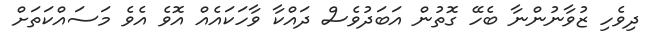
ދިވެހި ޒުވާނުންނާ ބެހޭ ގޮތުން އަބަދުވެސް ދައްކާ ވާހަކައެއް އޮވެ އެވެ މަސައްކަތަށް